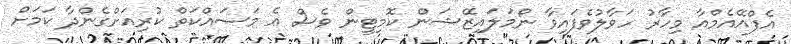
އެފްއޭއެމްއާ މިހާރު ހަވާލުވެފައިވާ ނޯމަލައިޒޭޝަން ކޮމިޓީން ވެސް އެ މަސައްކަތް ކުރިއަށްގެންދާ ކަމަށް